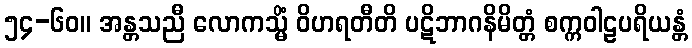
၅၄-၆၀။ အန္တသညီ လောကသ္မိံ ဝိဟရတီတိ ပဋိဘာဂနိမိတ္တံ စက္ကဝါဠပရိယန္တံ